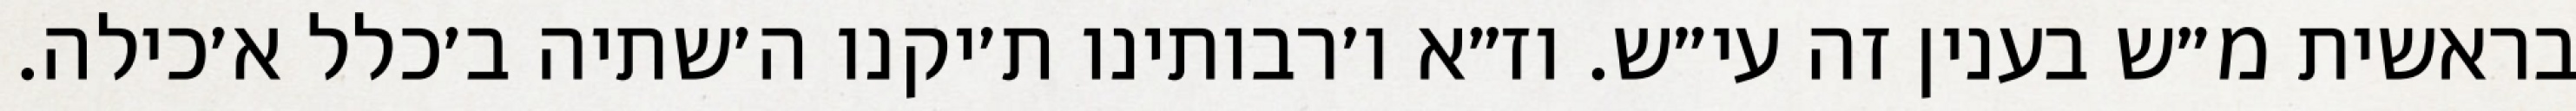
בראשית מ״ש בענין זה עי״ש. וז״א ו׳רבותינו ת׳יקנו ה׳שתיה ב׳כלל א׳כילה.